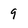
Character: 9